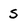
Character: s